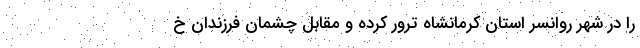
را در شهر روانسر استان کرمانشاه ترور کرده و مقابل چشمان فرزندان خ